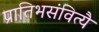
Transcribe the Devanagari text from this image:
प्रातिभसंवित्यै